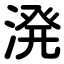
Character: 溌